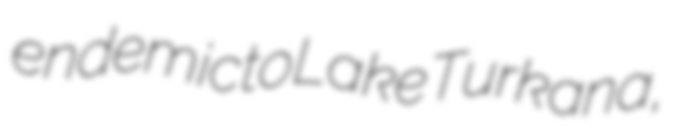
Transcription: endemic to Lake Turkana,